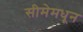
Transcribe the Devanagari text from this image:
सीमेमधून